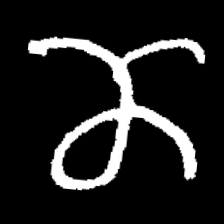
Pyu character \u2014 Myanmar letter: ဏ (romanized: nna)